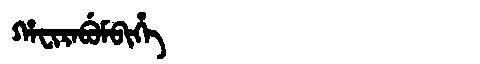
Manchu: ᡥᠠᠸᡳᡵᠠᠪᡠᠮᠪᡳᡥᡝ
Romanization: HAFIRABUMBIHE